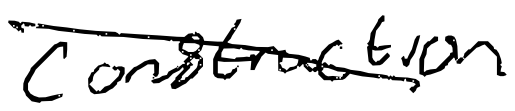
Text: construction
Cross-out: diagonal
Writing tool: digital_black